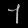
Digit: ၄